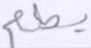
يطعم